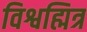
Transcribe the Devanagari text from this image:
विश्वह्मित्र